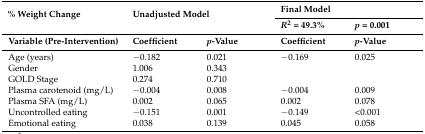
<table><thead><tr><td rowspan="2"><b>% Weight Change</b></td><td rowspan="2" colspan="2"><b>Unadjusted Model</b></td><td colspan="2"><b>Final Model</b></td></tr><tr><td><b><i>R</i><sup>2</sup> = 49.3%</b></td><td><b><i>p</i> = 0.001</b></td></tr><tr><td><b>Variable (Pre-Intervention)</b></td><td><b>Coefficient</b></td><td><b><i>p</i>-Value</b></td><td><b>Coefficient</b></td><td><b><i>p</i>-Value</b></td></tr></thead><tbody><tr><td>Age (years)</td><td>−0.182</td><td>0.021</td><td>−0.169</td><td>0.025</td></tr><tr><td>Gender</td><td>1.006</td><td>0.343</td><td></td><td></td></tr><tr><td>GOLD Stage</td><td>0.274</td><td>0.710</td><td></td><td></td></tr><tr><td>Plasma carotenoid (mg/L)</td><td>−0.004</td><td>0.008</td><td>−0.004</td><td>0.009</td></tr><tr><td>Plasma SFA (mg/L)</td><td>0.002</td><td>0.065</td><td>0.002</td><td>0.078</td></tr><tr><td>Uncontrolled eating</td><td>−0.151</td><td>0.001</td><td>−0.149</td><td>&lt;0.001</td></tr><tr><td>Emotional eating</td><td>0.038</td><td>0.139</td><td>0.045</td><td>0.058</td></tr></tbody></table>